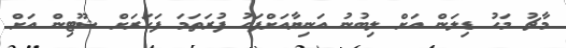
މާޗު މަހު ޑިލަން އަށް ލިބުނު އަނިޔާއަށްފަހު ފުރަތަމަ ފަހަރަށް ޝޫޓިން އަށް